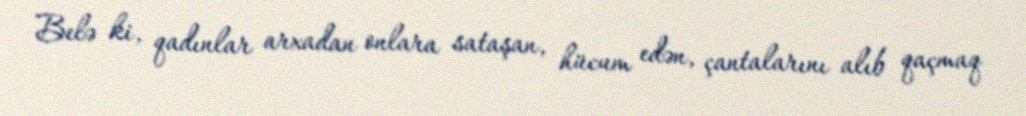
Belə ki, qadınlar arxadan onlara sataşan, hücum edən, çantalarını alıb qaçmaq